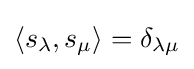
{\textstyle \langle s_{\lambda },s_{\mu }\rangle =\delta _{\lambda \mu }}